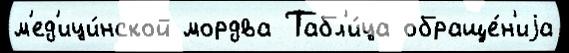
м'ед'ици́нской мордва Табл'и́ца обраще́н'иjа